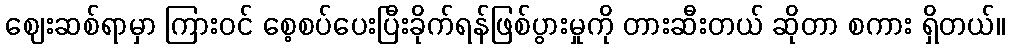
ဈေးဆစ်ရာမှာ ကြားဝင် စေ့စပ်ပေးပြီးခိုက်ရန်ဖြစ်ပွားမှုကို တားဆီးတယ် ဆိုတာ စကား ရှိတယ်။